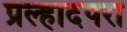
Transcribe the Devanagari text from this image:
प्रल्हादपरा